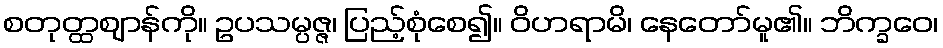
စတုတ္ထဈာန်ကို။ ဥပသမ္ပဇ္ဇ၊ ပြည့်စုံစေ၍။ ဝိဟရာမိ၊ နေတော်မူ၏။ ဘိက္ခဝေ၊